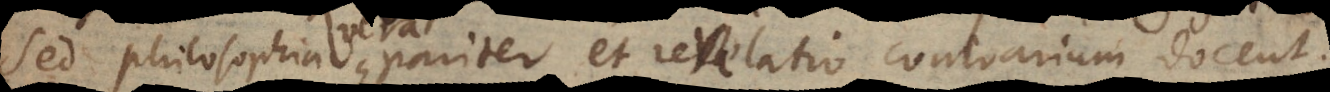
Sed philosophia pariter et revelatio contrarium docent.